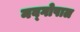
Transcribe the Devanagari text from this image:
नव्गोपाल